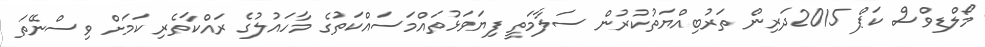
މޯލްޑިވްސް ކަޕް 2015ދަރިން ތަރުބިއްޔަތުކުރުން ސަލާމަތީ ފިޔަވަޅުތައްމަސައްކަތުގެ މާހައުލުގެ ރައްކާތެރި ކަމަށް ވިސްނޭތަ